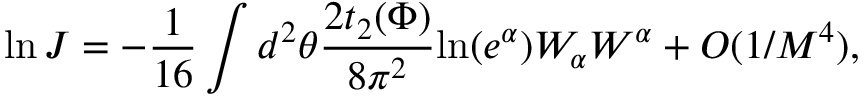
\ln J = - \frac { 1 } { 1 6 } \int d ^ { 2 } \theta \frac { 2 t _ { 2 } ( \Phi ) } { 8 \pi ^ { 2 } } \mathrm { l n } ( e ^ { \alpha } ) W _ { \alpha } W ^ { \alpha } + O ( 1 / M ^ { 4 } ) ,